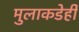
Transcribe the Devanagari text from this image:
मुलाकडेही